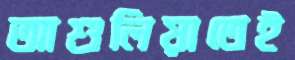
আশুলিয়াতেই